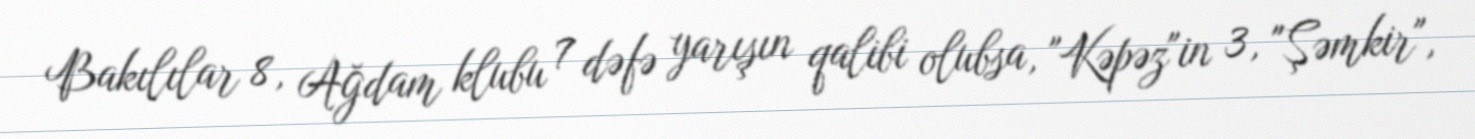
Bakılılar 8, Ağdam klubu 7 dəfə yarışın qalibi olubsa, "Kəpəz"in 3, "Şəmkir",